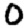
Digit: 0